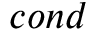
c o n d